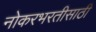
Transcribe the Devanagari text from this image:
नोकरभरतीसाठी